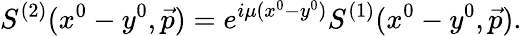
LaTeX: S^{(2)}(x^{0}-y^{0},\vec{p})=e^{i\mu(x^{0}-y^{0})}S^{(1)}(x^{0}-y^{0},\vec{p}).